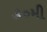
૩૦મી